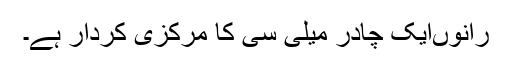
رانوںایک چادر میلی سی کا مرکزی کردار ہے۔